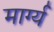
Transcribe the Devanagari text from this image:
मार्ग्य